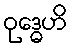
ဝုဒ္ဓေဟိ